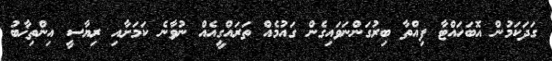
ގަދަކަމުން އޮބަހައްޓާ ފިއްތާ ބިރުގަންނަވައިގެން ގައުމެއް ތަރައްގީއެއް ނުވާނެ ކަމަށާއި ރިޔާސީ އިންތިޚާބު